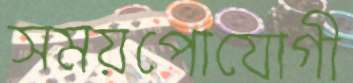
সময়পোযোগী